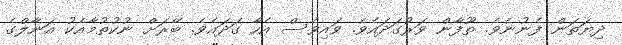
ދިޔަތަން ފެނުނެވެ. ތޫފާން ވަރުގަދައެވެ. ވައިވެސް އެހާ ގަދައެވެ. ބޭރަށް ނުކުތުމާއެކު އަނާލްގެ